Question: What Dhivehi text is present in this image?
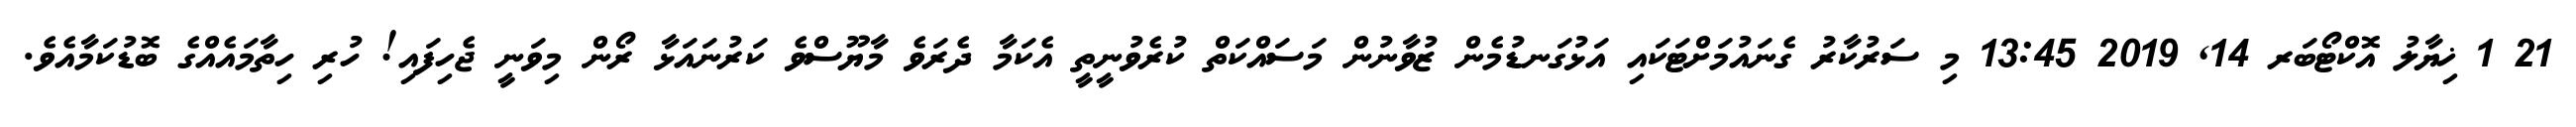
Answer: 21 1 ޚިޔާލު އޮކްޓޯބަރ 14, 2019 13:45 މި ސަރުކާރު ގެނައުމަށްޓަކައި އަޅުގަނޑުމެން ޒުވާނުން މަސައްކަތް ކުރެވުނީތީ އެކަމާ ދެރަވެ މާޔޫސްވެ ކަރުނައަޅާ ރޯން މިވަނީ ޖެހިފައި! ހުރި ހިތާމައެއްގެ ބޮޑުކަމާއެވެ.